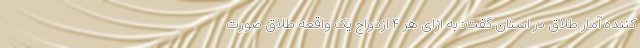
کننده آمار طلاق در استان گفت: به ازای هر ۴ ازدواج یک واقعه طلاق صورت